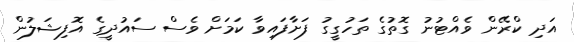
އަދި ކްރޭން ވެއްޓުނު ގޮތުގެ ތަހުގީގު ފަށާފައިވާ ކަމަށް ވެސް ސައުދީގެ އޮފިޝަލުން